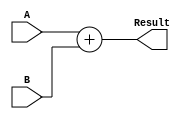
`timescale 1ns / 1ps

module adder8(
	input [7:0] A,
	input [7:0] B,
	output [7:0] Result
    );
	
	assign Result = A + B;
	
endmodule